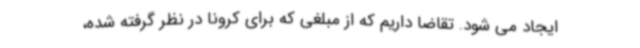
ایجاد می شود. تقاضا داریم که از مبلغی که برای کرونا در نظر گرفته شده،